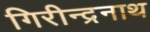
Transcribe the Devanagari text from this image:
गिरीन्द्रनाथ